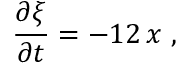
\frac { \partial \xi } { \partial t } = - 1 2 \, x \ ,